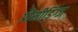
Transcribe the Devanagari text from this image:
प्रोसीडिंग्ज